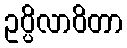
ဥပ္ပိလာဝိတာ